Civil Veterinary Department. Madras. Admin. report 1926-33 - 1926-1933
Year: 1926
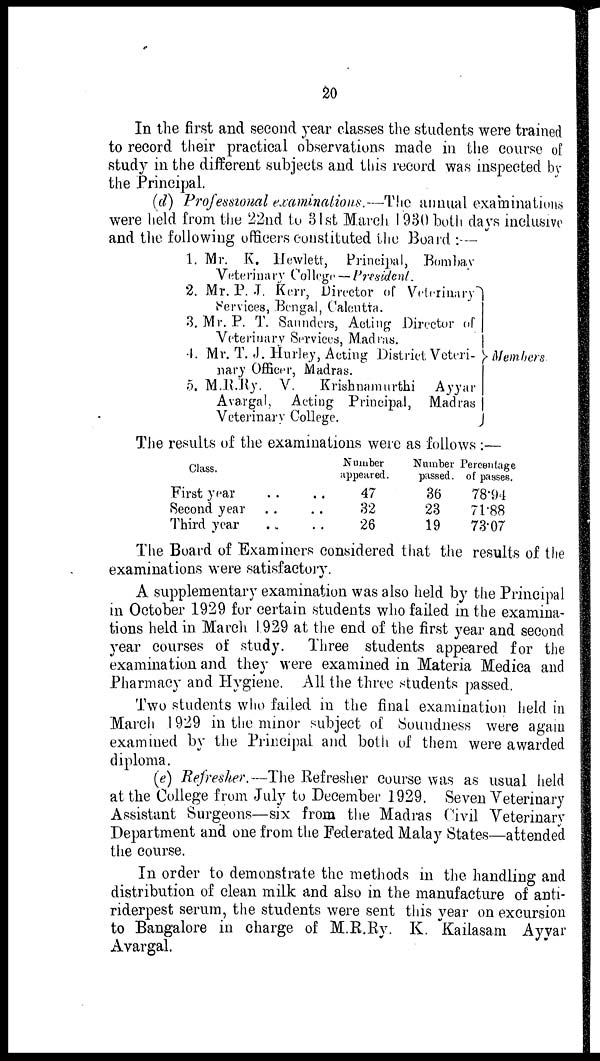
20
In the first and second year classes the students were trained
to record their practical observations made in the course of
study in the different subjects and this record was inspected by
the Principal.
(d) Professional examinations.—The annual examinations
were held from the 22nd to 31st March 1930 both days inclusive
and the following officers constituted the Board:—
1.
2.
3.
4.
5.
Mr. K. Hewlett, Principal, Bombay
Veterinary College — President.
Mr. P. J. Kerr, Director of Veterinary
Services, Bengal, Calcutta.
Mr. P. T. Saunders, Acting Director of
Veterinary Services, Madras.
Mr. T. J. Hurley, Acting District Veteri-
nary Officer, Madras.
M.R.Ry. V.
Krishnamurthi Ayyar
Avargal, Acting Principal, Madras
Veterinary College.
Members
The results of the examinations were as follows:—
Class.
First year
Second year
Third year
Number
appeared.
47
32
26
Number Percentage
passed. of passes.
36
78.94
23
71.88
19
73.07
The Board of Examiners considered that the results of the
examinations were satisfactory.
A supplementary examination was also held by the Principal
in October 1929 for certain students who failed in the examina-
tions held in March 1929 at the end of the first year and second
year courses of study. Three students appeared for the
examination and they were examined in Materia Medica and
Pharmacy and Hygiene. All the three students passed.
Two students who failed in the final examination held in
March 1929 in the minor subject of Soundness were again
examined by the Principal and both of them were awarded
diploma.
(e) Refresher. —The Refresher course was as usual held
at the College from July to December 1929. Seven Veterinary
Assistant Surgeons—six from the Madras Civil Veterinary
Department and one from the Federated Malay States—attended
the course.
In order to demonstrate the methods in the handling and
distribution of clean milk and also in the manufacture of anti-
riderpest serum, the students were sent this year on excursion
to Bangalore in charge of M.R.Ry. K. Kailasam Ayyar
Avargal.